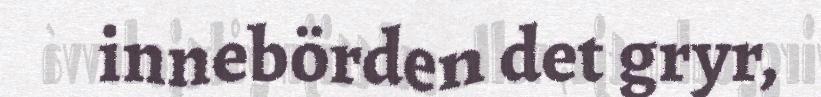
innebörden det gryr,